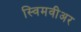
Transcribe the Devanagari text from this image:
स्विमवीअर